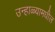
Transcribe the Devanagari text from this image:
उन्हाळ्यामधील